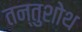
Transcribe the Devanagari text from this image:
तन्तुशोथ